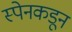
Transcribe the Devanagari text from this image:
स्पेनकडून